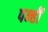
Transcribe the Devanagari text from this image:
पन्हीं